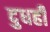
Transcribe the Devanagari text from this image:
दुधही